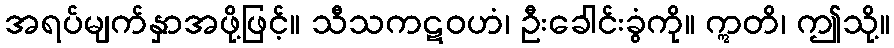
အရပ်မျက်နှာအဖို့ဖြင့်။ သီသကဋဝဟံ၊ ဦးခေါင်းခွံကို။ ဣတိ၊ ဤသို့။